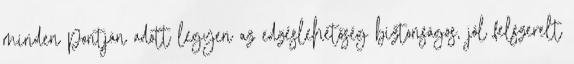
minden pontján adott legyen az edzéslehetőség biztonságos, jól felszerelt